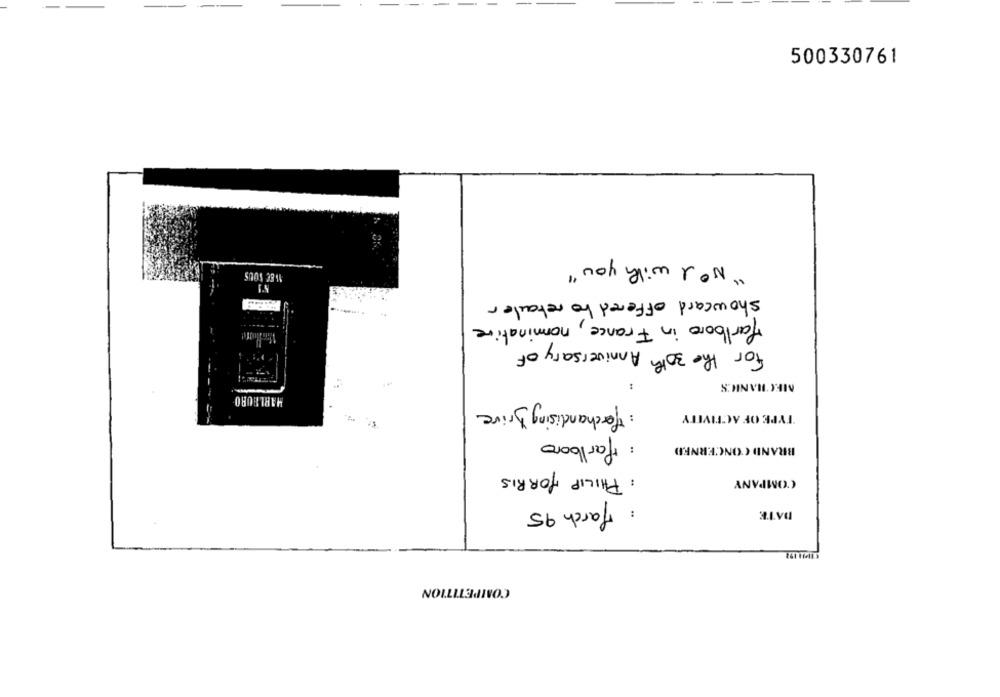
500330761
"No " with you"
AVEC SOUS
showcard offered to retailer
.... ..
Marlboro in France, nominative
For the 30th Anniversary of
MECHANICS
HARLEURO
: Merchandising Drive
TYPE OF ACTIVITY
: Marlboro
BRAND CONCERNED
: PHILIP MORRIS
COMPANY
: March 95
DATE
COMPETITION